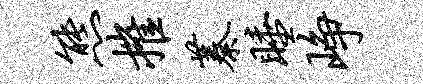
熊摧蓁睡峥